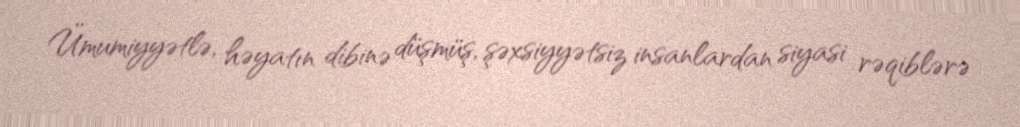
Ümumiyyətlə, həyatın dibinə düşmüş, şəxsiyyətsiz insanlardan siyasi rəqiblərə